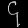
Digit: ၄